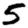
Digit: 5